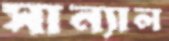
সান্যাল